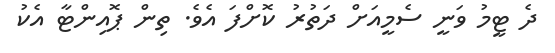
ދެ ޓީމު ވަނީ ސެމީއަށް ދަތުރު ކޮށްފަ އެވެ. ތިން ޕޮއިންޓާ އެކު